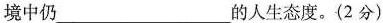
境中仍___的人生态度。(2分)